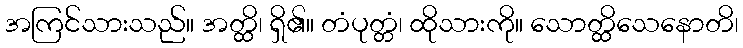
အကြင်သားသည်။ အတ္ထိ၊ ရှိ၏။ တံပုတ္တံ၊ ထိုသားကို။ သောတ္ထိသေနောတိ၊